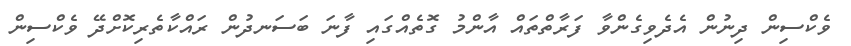
ވެކްސިން ދިނުން އެދެވިގެންވާ ފަރާތްތައް އާންމު ގޮތެއްގައި ފާނަ ބަސަނދުން ރައްކާތެރިކޮށްދޭ ވެކްސިން